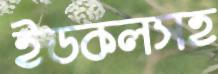
ইডকলসহ